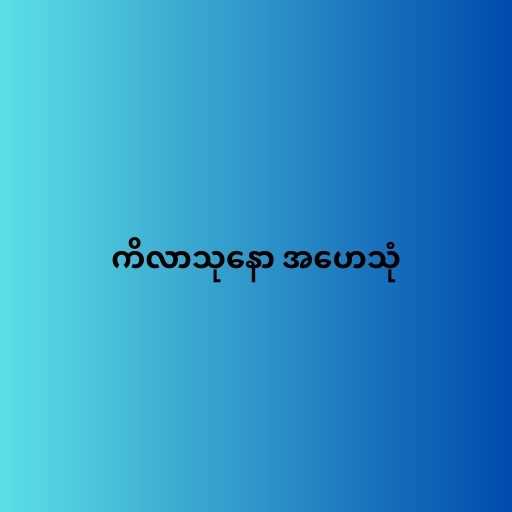
ကိလာသုနော အဟေသုံ